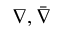
\nabla , { \bar { \nabla } }